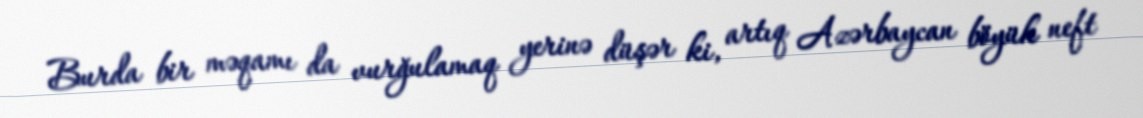
Burda bir məqamı da vurğulamaq yerinə düşər ki, artıq Azərbaycan böyük neft